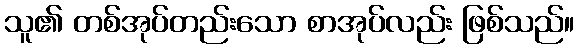
သူ၏ တစ်အုပ်တည်းသော စာအုပ်လည်း ဖြစ်သည်။